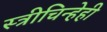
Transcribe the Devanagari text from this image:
स्त्रीचिन्हेही